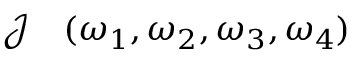
\begin{array} { r l } { \mathcal { J } } & { { } ( \omega _ { 1 } , \omega _ { 2 } , \omega _ { 3 } , \omega _ { 4 } ) } \end{array}